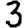
Digit: 3